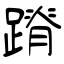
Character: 蹐